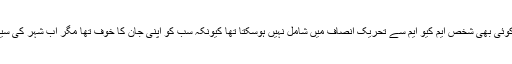
عمران خان کا کہنا تھا کہ ’ماضی میں کوئی بھی شخص ایم کیو ایم سے تحریک انصاف میں شامل نہیں ہوسکتا تھا کیونکہ سب کو اپنی جان کا خوف تھا مگر اب شہر کی سیاسی صورتحال بہت زیادہ تبدیل ہوگئی‘۔